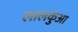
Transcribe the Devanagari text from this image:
लालकुंआ